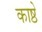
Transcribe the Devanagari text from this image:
काष्ठे